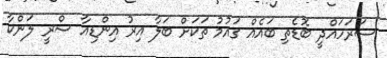
ސަރަހައްދީ ބޮޑެތި ބައެއް ގައުމު ތަކަށް ބަލާ އިރު އިންޑިއާ ސްރީ ލަންކާ